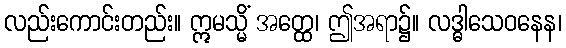
လည်းကောင်းတည်း။ ဣမသ္မိံ အတ္ထေ၊ ဤအရာ၌။ လဒ္ဓါသေဝနေန၊